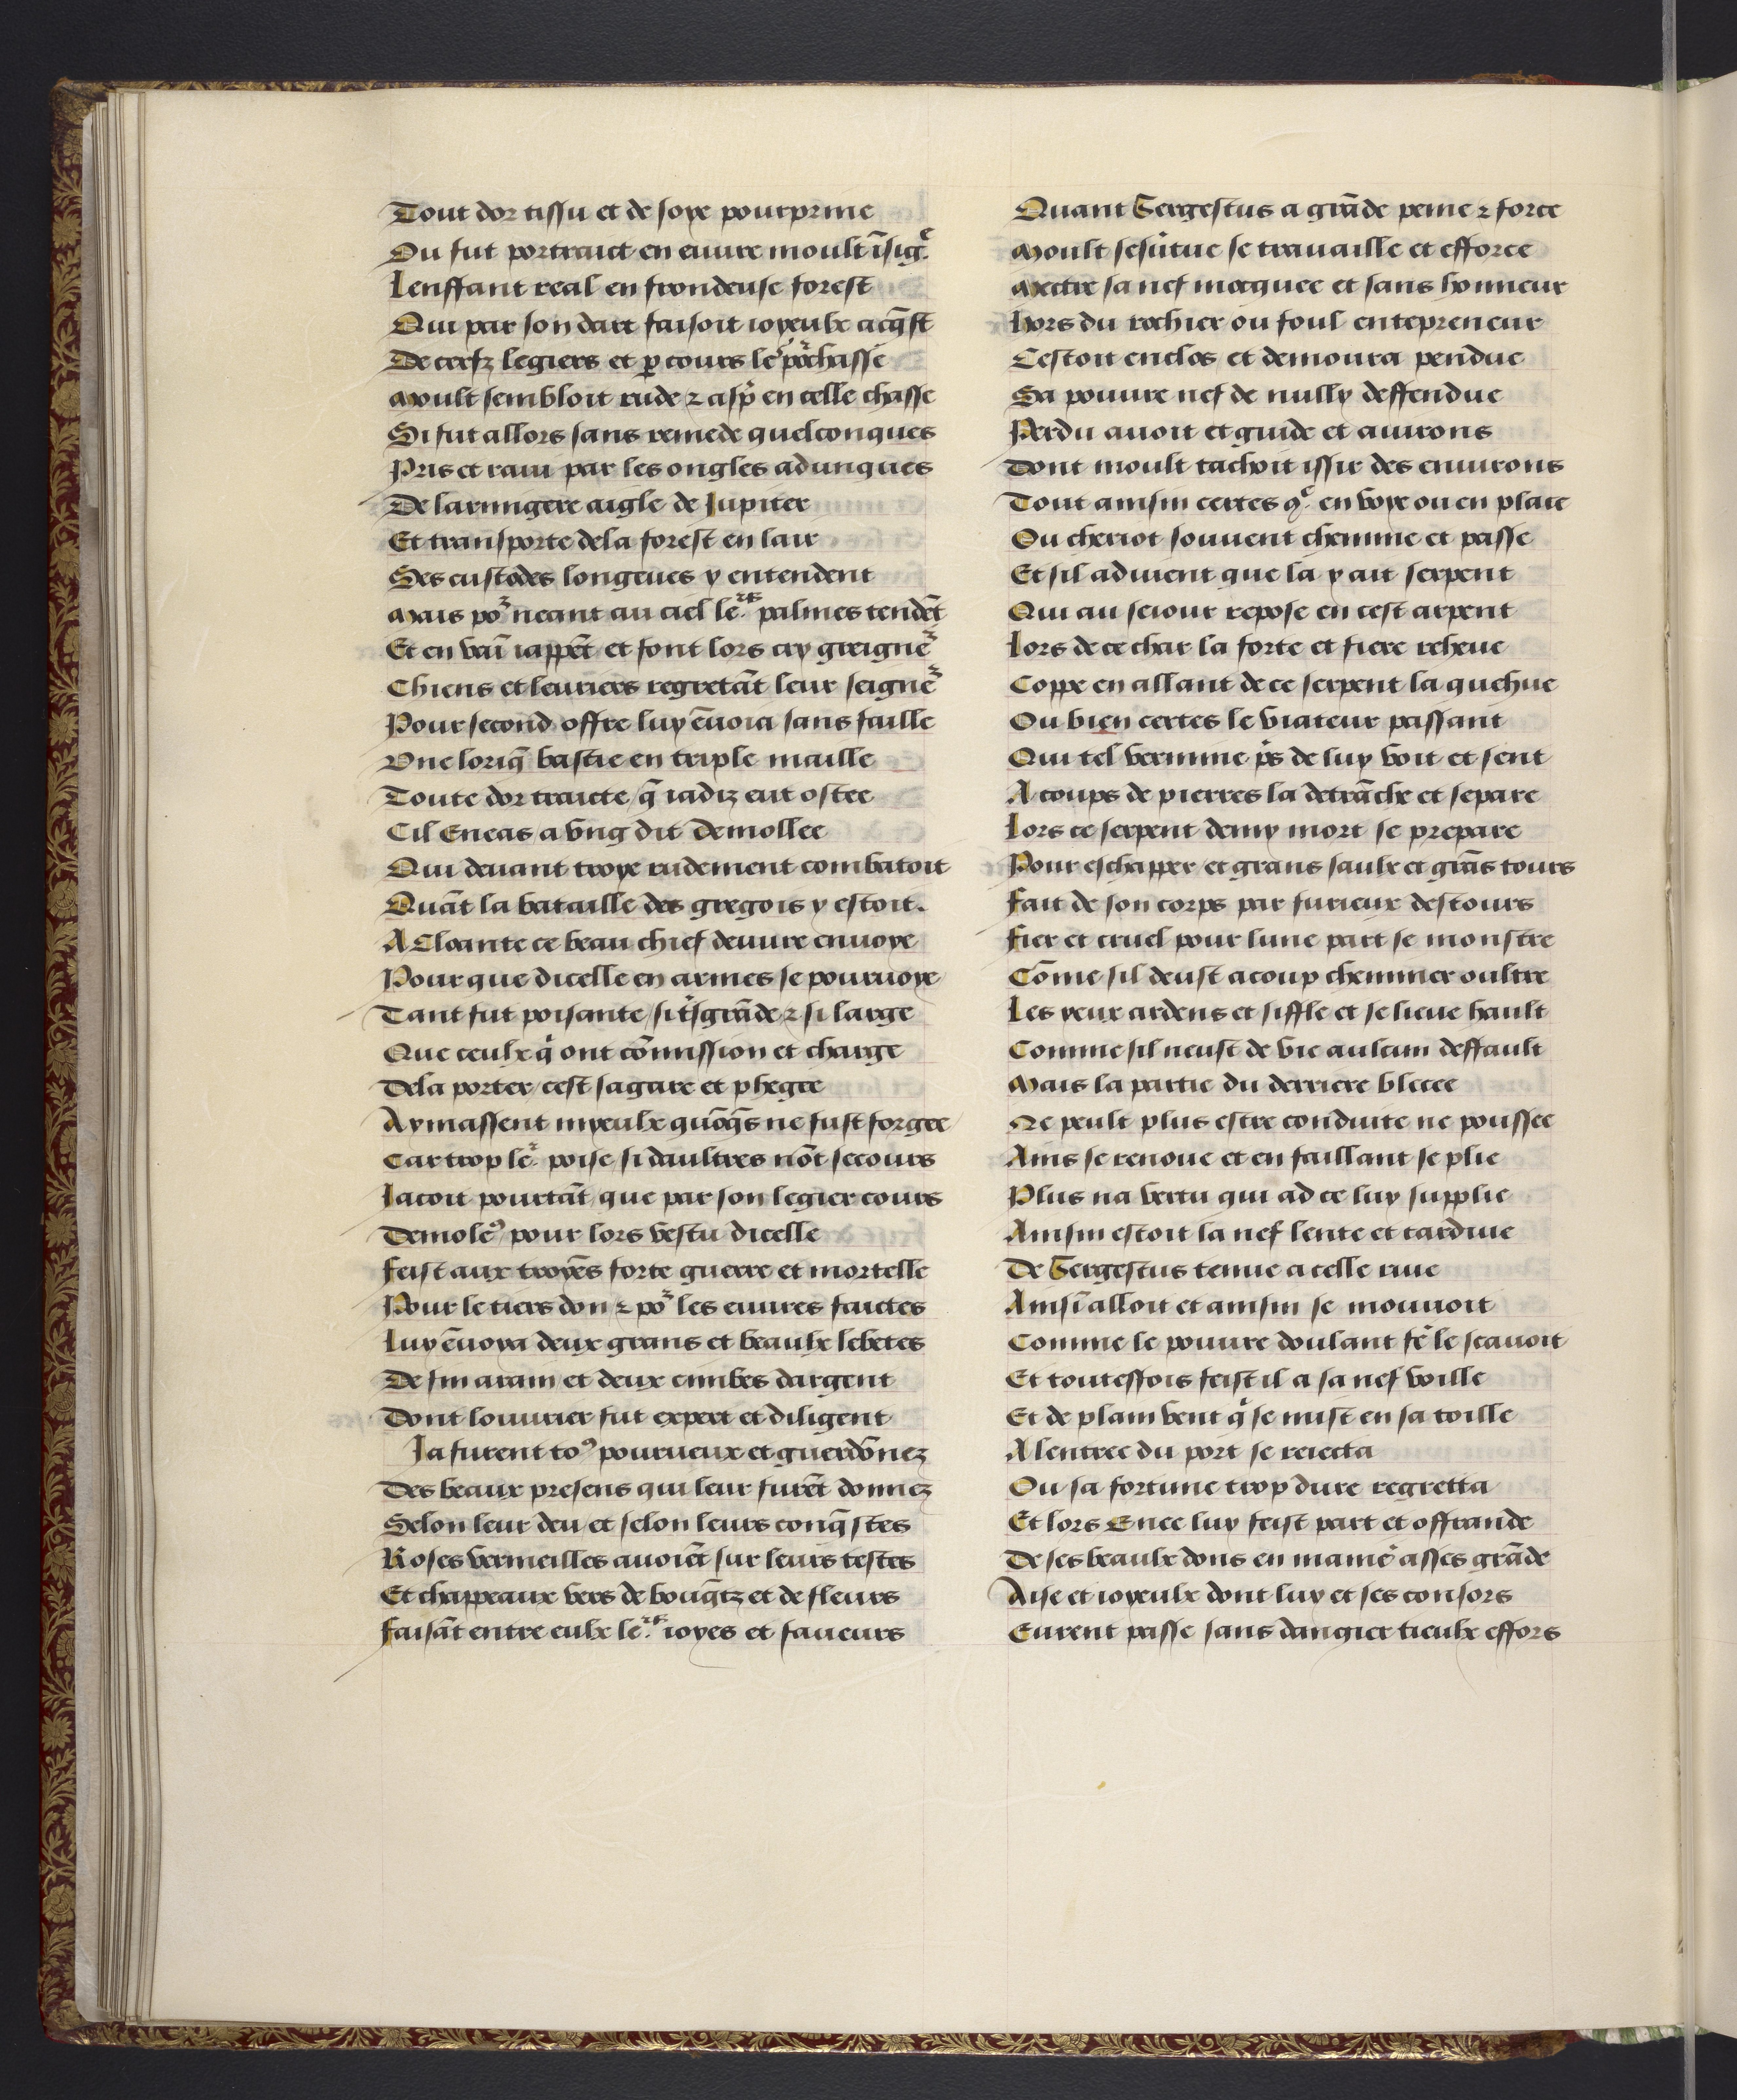
Shelfmark: Philadelphia, University of Pennsylvania, codex 909
Century: 15